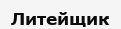
Литейщик